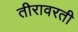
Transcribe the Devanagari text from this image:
तीरावरती